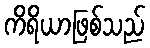
ကိရိယာဖြစ်သည်